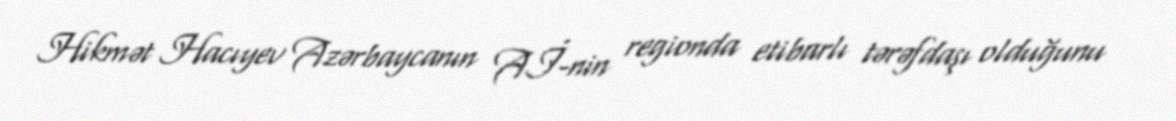
Hikmət Hacıyev Azərbaycanın Aİ-nin regionda etibarlı tərəfdaşı olduğunu